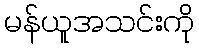
မန်ယူအသင်းကို